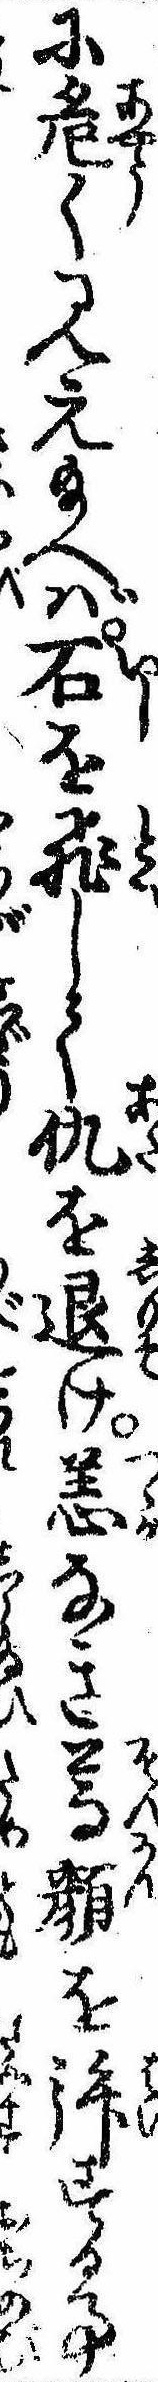
に危く見え給へば石を飛して仇を退け恙なき尊顔を拝する事